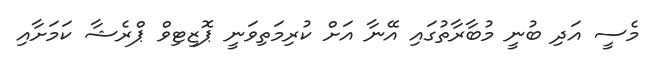
މެސީ އަދި ބުނީ މުބާރާތުގައި އޭނާ އަށް ކުރިމަތިވަނީ ޕޮޒިޓިވް ޕްރެޝާ ކަމަށާއި